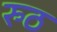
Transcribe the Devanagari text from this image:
रुठ